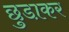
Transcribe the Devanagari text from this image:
छुडा़कर